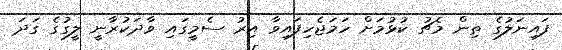
ފައިނަލުގެ ތިން މެޗު ކުޅުމަށް ހަމަޖެހިފައިވާ އިރު ސެމީގައި ވާދަކުރާނީ ލީގުގެ ގަދަ